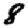
Digit: 8